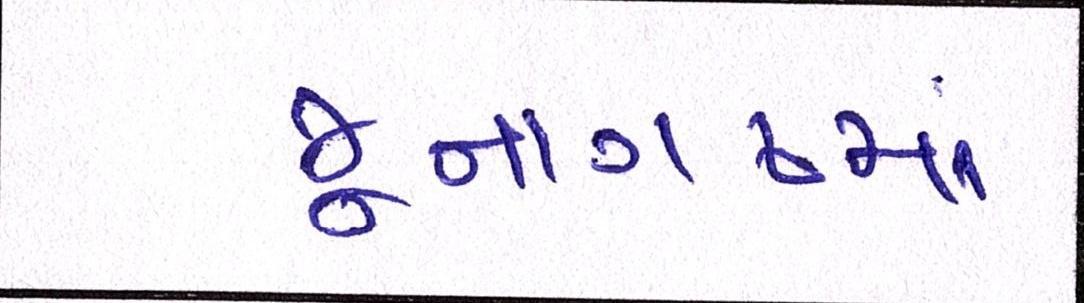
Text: જૂનાગઢમાં